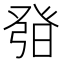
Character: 𤼰